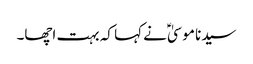
سیدنا موسیٰؑ نے کہا کہ بہت اچھا۔